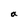
Character: a